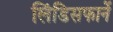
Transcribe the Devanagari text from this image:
लिंडिसफार्ने